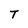
Character: T